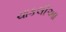
ચાકલીઆ